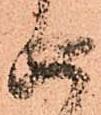
由